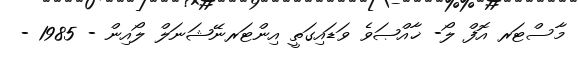
މާސްޓަރ އޮފް ލޯ- ޚާއްޞަވެ ވަޑައިގަތީ އިންޓަރނޭޝަނަލް ލޯއިން - 1985 -